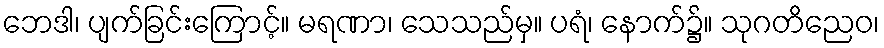
ဘေဒါ၊ ပျက်ခြင်းကြောင့်။ မရဏာ၊ သေသည်မှ။ ပရံ၊ နောက်၌။ သုဂတိညေဝ၊